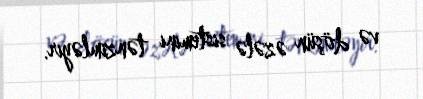
və döşün əzələ sistemini tənzimləyir.